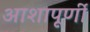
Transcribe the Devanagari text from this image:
आशापूर्णी